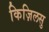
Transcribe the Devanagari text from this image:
किज़िलसु